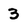
Character: 3